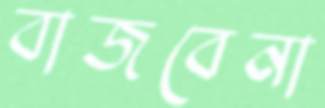
বাজবেনা